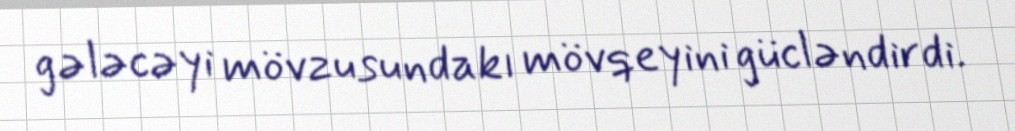
gələcəyi mövzusundakı mövqeyini gücləndirdi.